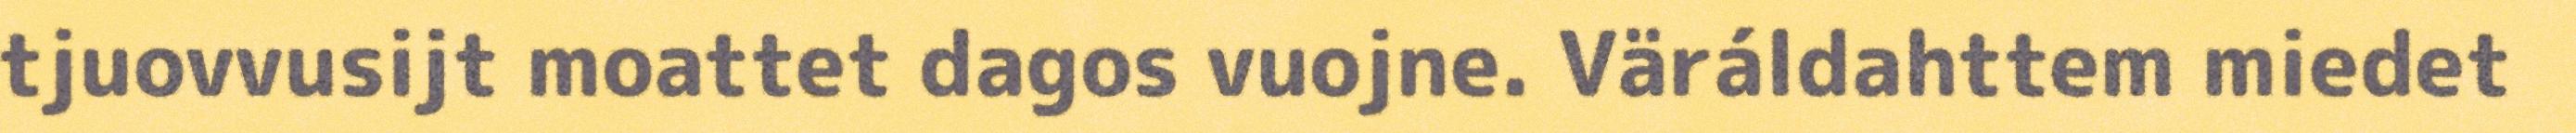
tjuovvusijt moattet dagos vuojne. Väráldahttem miedet